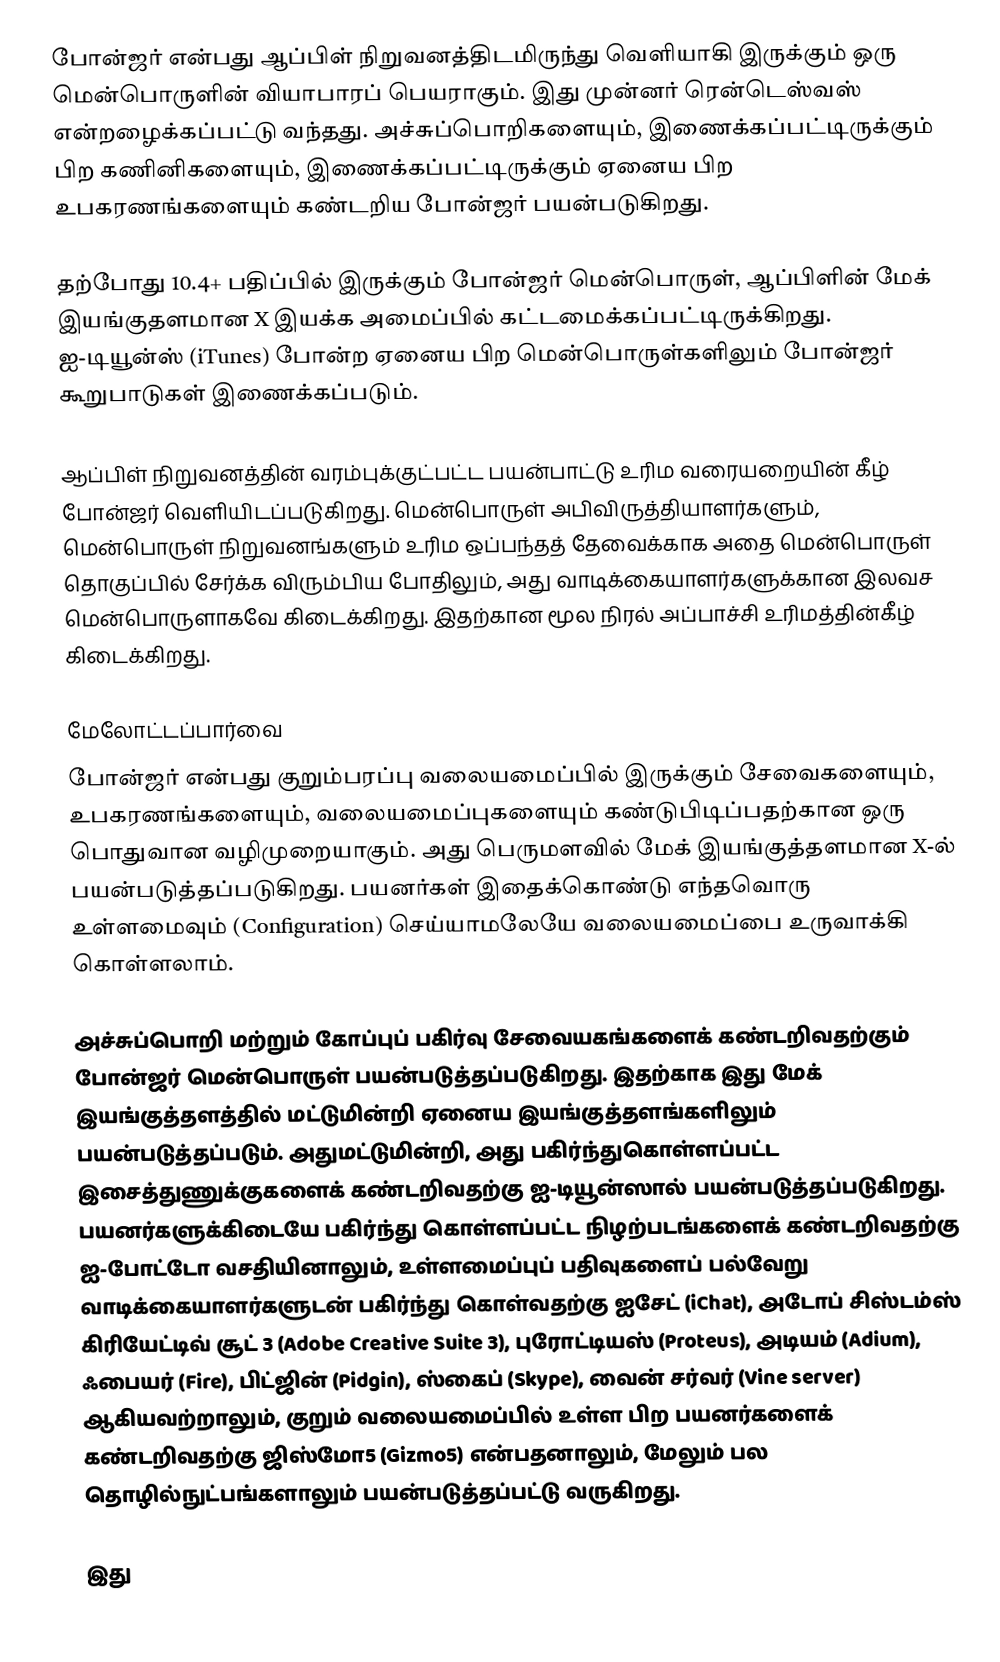
போன்ஜர் என்பது ஆப்பிள் நிறுவனத்திடமிருந்து வெளியாகி இருக்கும் ஒரு மென்பொருளின் வியாபாரப் பெயராகும். இது முன்னர் ரென்டெஸ்வஸ் என்றழைக்கப்பட்டு வந்தது. அச்சுப்பொறிகளையும், இணைக்கப்பட்டிருக்கும் பிற கணினிகளையும், இணைக்கப்பட்டிருக்கும் ஏனைய பிற உபகரணங்களையும் கண்டறிய போன்ஜர் பயன்படுகிறது.

தற்போது 10.4+ பதிப்பில் இருக்கும் போன்ஜர் மென்பொருள், ஆப்பிளின் மேக் இயங்குதளமான X இயக்க அமைப்பில் கட்டமைக்கப்பட்டிருக்கிறது. ஐ-டியூன்ஸ் (iTunes) போன்ற ஏனைய பிற மென்பொருள்களிலும் போன்ஜர் கூறுபாடுகள் இணைக்கப்படும்.

ஆப்பிள் நிறுவனத்தின் வரம்புக்குட்பட்ட பயன்பாட்டு உரிம வரையறையின் கீழ் போன்ஜர் வெளியிடப்படுகிறது. மென்பொருள் அபிவிருத்தியாளர்களும், மென்பொருள் நிறுவனங்களும் உரிம ஒப்பந்தத் தேவைக்காக அதை மென்பொருள் தொகுப்பில் சேர்க்க விரும்பிய போதிலும், அது வாடிக்கையாளர்களுக்கான இலவச மென்பொருளாகவே கிடைக்கிறது. இதற்கான மூல நிரல் அப்பாச்சி உரிமத்தின்கீழ் கிடைக்கிறது.

மேலோட்டப்பார்வை
போன்ஜர் என்பது குறும்பரப்பு வலையமைப்பில் இருக்கும் சேவைகளையும், உபகரணங்களையும், வலையமைப்புகளையும் கண்டுபிடிப்பதற்கான ஒரு பொதுவான வழிமுறையாகும். அது பெருமளவில் மேக் இயங்குத்தளமான X-ல் பயன்படுத்தப்படுகிறது. பயனர்கள் இதைக்கொண்டு எந்தவொரு உள்ளமைவும் (Configuration) செய்யாமலேயே வலையமைப்பை உருவாக்கி கொள்ளலாம்.

அச்சுப்பொறி மற்றும் கோப்புப் பகிர்வு சேவையகங்களைக் கண்டறிவதற்கும் போன்ஜர் மென்பொருள் பயன்படுத்தப்படுகிறது. இதற்காக இது மேக் இயங்குத்தளத்தில் மட்டுமின்றி ஏனைய இயங்குத்தளங்களிலும் பயன்படுத்தப்படும். அதுமட்டுமின்றி, அது பகிர்ந்துகொள்ளப்பட்ட இசைத்துணுக்குகளைக் கண்டறிவதற்கு ஐ-டியூன்ஸால் பயன்படுத்தப்படுகிறது. பயனர்களுக்கிடையே பகிர்ந்து கொள்ளப்பட்ட நிழற்படங்களைக் கண்டறிவதற்கு ஐ-போட்டோ வசதியினாலும், உள்ளமைப்புப் பதிவுகளைப் பல்வேறு வாடிக்கையாளர்களுடன் பகிர்ந்து கொள்வதற்கு ஐசேட் (iChat), அடோப் சிஸ்டம்ஸ் கிரியேட்டிவ் சூட் 3 (Adobe Creative Suite 3), புரோட்டியஸ் (Proteus), அடியம் (Adium), ஃபையர் (Fire), பிட்ஜின் (Pidgin), ஸ்கைப் (Skype), வைன் சர்வர் (Vine server) ஆகியவற்றாலும், குறும் வலையமைப்பில் உள்ள பிற பயனர்களைக் கண்டறிவதற்கு ஜிஸ்மோ5 (Gizmo5) என்பதனாலும், மேலும் பல தொழில்நுட்பங்களாலும் பயன்படுத்தப்பட்டு வருகிறது.

இது